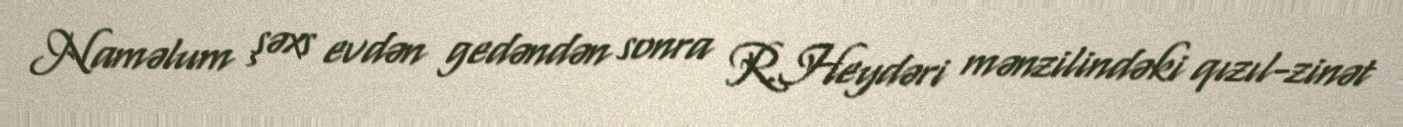
Naməlum şəxs evdən gedəndən sonra R.Heydəri mənzilindəki qızıl-zinət